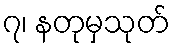
၇၊ နတုမှသုတ်